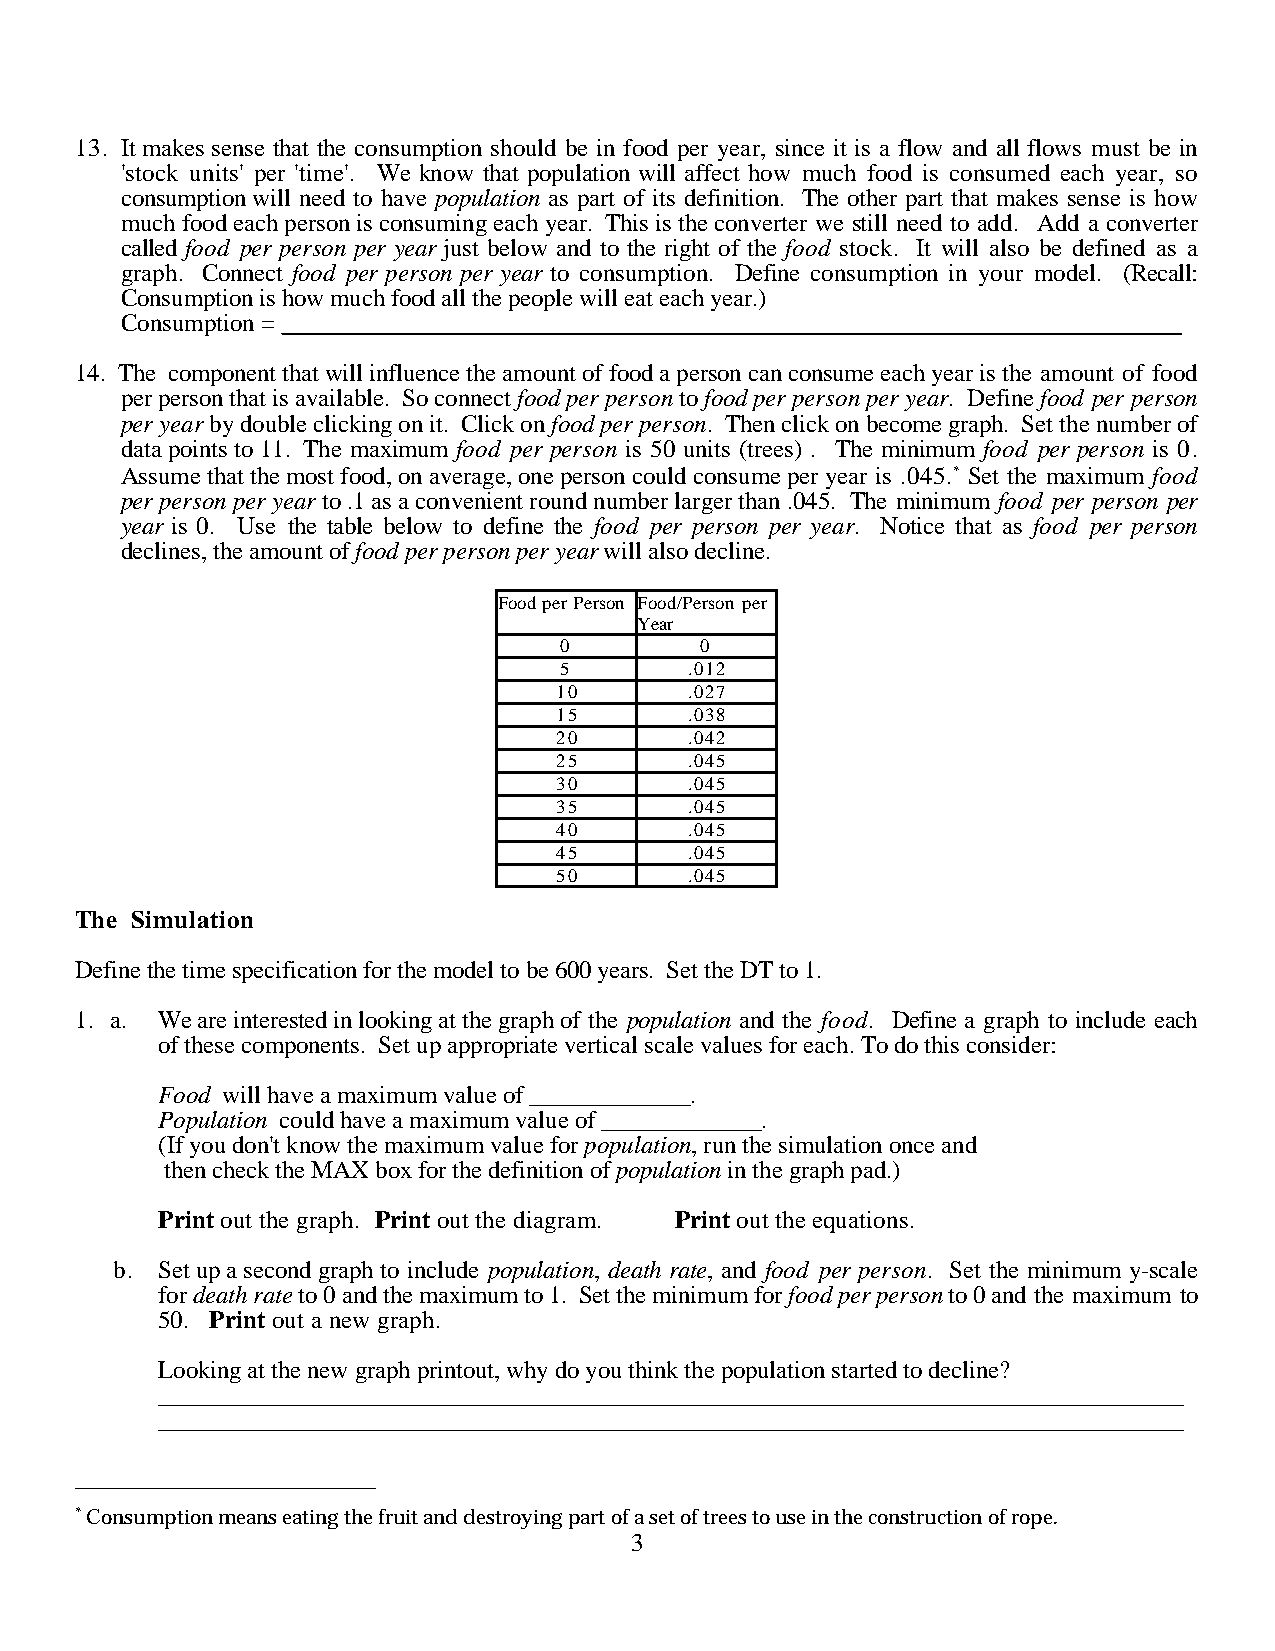
13. It makes sense that the consumption should be in food per year, since it is a flow and all flows must be in
 'stock units' per 'time'. We know that population will affect how much food is consumed each year, so
 consumption will need to have population as part of its definition. The other part that makes sense is how
 much food each person is consuming each year. This is the converter we still need to add. Add a converter
 called food per person per year just below and to the right of the food stock. It will also be defined as a
 graph. Connect food per person per year to consumption. Define consumption in your model. (Recall:
 Consumption is how much food all the people will eat each year.)
 Consumption = _ _______________________________________________________________________
 14. The component that will influence the amount of food a person can consume each year is the amount of food
 per person that is available. So connect food per person to food per person per year. Define food per person
 per year by double clicking on it. Click on food per person. Then click on become graph. Set the number of
 data points to 11. The maximum food per person is 50 units (trees) . The minimum food per person is 0.
 Assume that the most food, on average, one person could consume per year is .045.* Set the maximum food
 per person per year to .1 as a convenient round number larger than .045. The minimum food per person per
 year is 0. Use the table below to define the food per person per year. Notice that as food per person
 declines, the amount of food per person per year will also decline.
 Food per Person Food/Person per
 Year
 0        0
 5        .012
 10       .027
 15       .038
 20       .042
 25       .045
 30       .045
 35       .045
 40       .045
 45       .045
 50       .045
 The Simulation
 Define the time specification for the model to be 600 years. Set the DT to 1.
 1. a. We are interested in looking at the graph of the population and the food. Define a graph to include each
 of these components. Set up appropriate vertical scale values for each. To do this consider:
 Food will have a maximum value of _____________.
 Population could have a maximum value of _____________.
 (If you don't know the maximum value for population, run the simulation once and
 then check the MAX box for the definition of population in the graph pad.)
 Print out the graph. Print out the diagram. Print out the equations.
 b. Set up a second graph to include population, death rate, and food per person. Set the minimum y-scale
 for death rate to 0 and the maximum to 1. Set the minimum for food per person to 0 and the maximum to
 50. Print out a new graph.
 Looking at the new graph printout, why do you think the population started to decline?
 _ _________________________________________________________________________________
 _ _________________________________________________________________________________
 * Consumption means eating the fruit and destroying part of a set of trees to use in the construction of rope.
 3